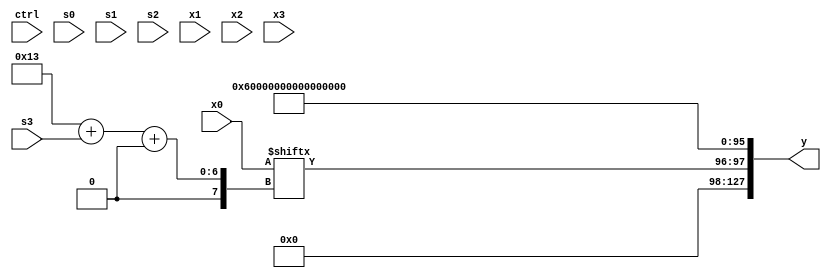
module partsel_00050(ctrl, s0, s1, s2, s3, x0, x1, x2, x3, y);
  input [3:0] ctrl;
  input [2:0] s0;
  input [2:0] s1;
  input [2:0] s2;
  input [2:0] s3;
  input [31:0] x0;
  input signed [31:0] x1;
  input signed [31:0] x2;
  input signed [31:0] x3;
  wire signed [4:28] x4;
  wire [30:4] x5;
  wire signed [28:0] x6;
  wire [27:7] x7;
  wire signed [25:6] x8;
  wire [29:3] x9;
  wire [7:25] x10;
  wire signed [1:31] x11;
  wire signed [4:24] x12;
  wire signed [1:24] x13;
  wire [3:29] x14;
  wire [0:27] x15;
  output [127:0] y;
  wire signed [31:0] y0;
  wire [31:0] y1;
  wire [31:0] y2;
  wire signed [31:0] y3;
  assign y = {y0,y1,y2,y3};
  localparam signed [4:27] p0 = 992681185;
  localparam signed [26:2] p1 = 988416407;
  localparam signed [28:7] p2 = 830030991;
  localparam signed [3:24] p3 = 604554154;
  assign x4 = (!ctrl[0] && !ctrl[0] || ctrl[0] ? p1[29 + s0 -: 8] : {2{{p3[5 + s2], (p3[18] | {x2[6 + s2 +: 6], p2[11 + s2]})}}});
  assign x5 = {2{{2{p0[11]}}}};
  assign x6 = (p0[8 +: 4] + x0);
  assign x7 = {2{p1}};
  assign x8 = p3[10 + s3];
  assign x9 = ({p1[24 + s1 -: 4], p1[21]} & ((((p3 + (x2[8] ^ p1[13 + s2 +: 7])) - p0[19 + s0 -: 1]) - ((p0[13 +: 2] & p0[20 + s3 -: 8]) - x6[8])) & (p0 ^ x6[19 -: 3])));
  assign x10 = x2[9 + s0 +: 1];
  assign x11 = (p1 & p2);
  assign x12 = x4;
  assign x13 = (!ctrl[0] || ctrl[3] && !ctrl[3] ? p1[17 + s0] : p1[4 + s1 +: 1]);
  assign x14 = x8[11 +: 4];
  assign x15 = x1;
  assign y0 = x0[19 + s3 +: 2];
  assign y1 = p3[9 +: 3];
  assign y2 = p1[15 -: 2];
  assign y3 = {2{p0[16 +: 3]}};
endmodule